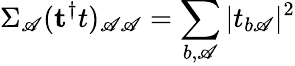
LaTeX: \Sigma_{\mathscr{A}}({\mathbf{t}^{\dagger}t})_{\mathscr{A}\mathscr{A}}=\sum_{b,\mathscr{A}}|t_{b\mathscr{A}}|^{2}